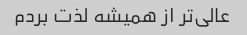
عالی‌تر از همیشه لذت بردم